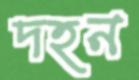
দহন